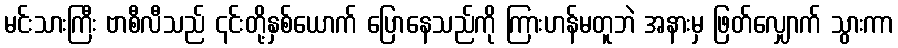
မင်းသားကြီး ဗာစီလီသည် ၎င်းတို့နှစ်ယောက် ပြောနေသည်ကို ကြားဟန်မတူဘဲ အနားမှ ဖြတ်လျှောက် သွားကာ